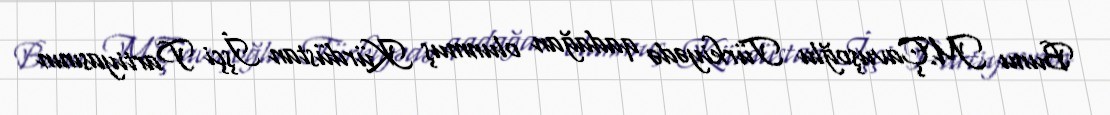
Bunu M.Çavuşoğlu Türkiyədə qadağan olunmuş Kürdüstan İşçi Partiyasının